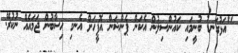
"އަޅުގަނޑު ބުނީމައި ކައުންސިލުން އެކަން ޕެންޝަން އޮފީހަށް އެނގި ހިސާބުން ޖަމައެއް ނުކުރޭ.